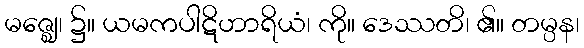
မဇ္ဈေ၊ ၌။ ယမကပါဋိဟာရိယံ၊ ကို။ ဒေဿတိ၊ ၏။ တမ္ပန၊